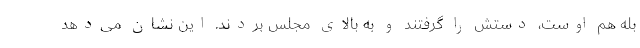
بله هم اوست، دستش را گرفتند و به بالای مجلس بردند. این نشان می‌دهد